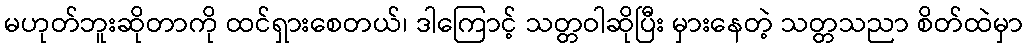
မဟုတ်ဘူးဆိုတာကို ထင်ရှားစေတယ်၊ ဒါကြောင့် သတ္တဝါဆိုပြီး မှားနေတဲ့ သတ္တသညာ စိတ်ထဲမှာ